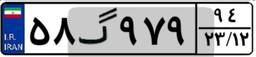
۵۸گ۹۷۹۹۴